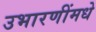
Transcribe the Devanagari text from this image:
उभारणींमधे